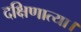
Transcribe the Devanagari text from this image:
दक्षिणात्या।